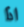
اذا